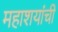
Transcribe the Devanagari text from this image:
महाशयांची